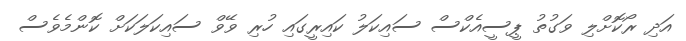
އަދި ރޯކޮށްލި ވަގުތު ޕީސީއެކްސް ސައިކަލު ކައިރީގައި ހުރި ވޭވް ސައިކަލަކަށް ކޮންމެވެސް